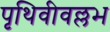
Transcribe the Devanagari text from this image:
पृथिवीवल्लभ